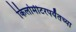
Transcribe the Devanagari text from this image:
किलोमीटरपर्यंतच्या